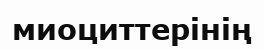
миоциттерінің